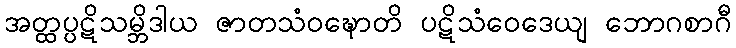
အတ္ထပ္ပဋိသမ္ဘိဒါယ ဇာတသံဝဍ္ဎောတိ ပဋိသံဝေဒေယျ ဘောဂစာဂီ